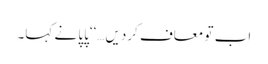
اب تو معاف کردیں…‘‘پاپا نے کہا۔